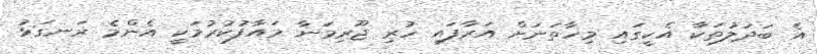
އެ ބަދަލުތަކާ އެކީގައި މިހާތަނަށް އަރާފައި ހުރި ޖޫރިމަނާ މައާފުކުރުމަކީ އެންމެ ރަނގަޅު